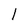
Character: l